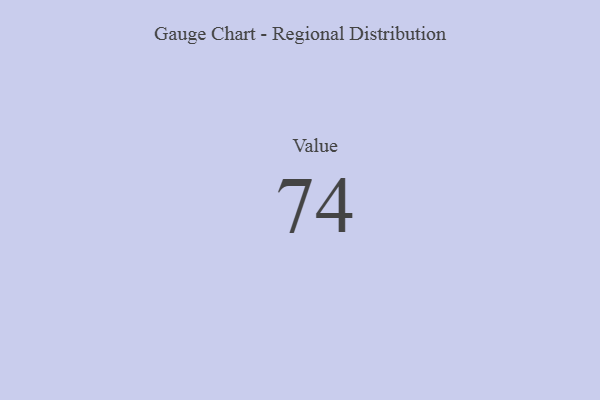
{"axis": {"x": "Metric", "y": "Value"}, "legend": [""], "data": [{"x": "Value", "y": 74, "type": ""}]}